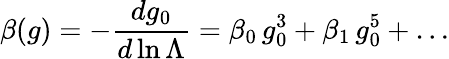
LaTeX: \beta(g)=-{\frac{dg_{0}}{d\ln\Lambda}}=\beta_{0}\, g_{0}^{3}+\beta_{1}\, g_{0}^{5}+\dots